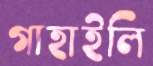
গাহাইলি